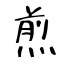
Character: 煎